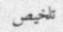
تلخيص